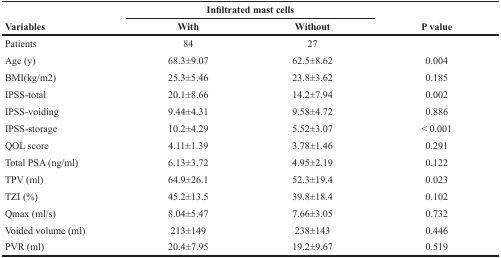
<table><thead><tr><td rowspan="2"><b>Variables</b></td><td colspan="2"><b>Infiltrated mast cells</b></td><td rowspan="2"><b>P value</b></td></tr><tr><td><b>With</b></td><td><b>Without</b></td></tr></thead><tbody><tr><td>Patients</td><td>84</td><td>27</td><td></td></tr><tr><td>Age (y)</td><td>68.3±9.07</td><td>62.5±8.62</td><td>0.004</td></tr><tr><td>BMI(kg/m2)</td><td>25.3±5.46</td><td>23.8±3.62</td><td>0.185</td></tr><tr><td>IPSS-total</td><td>20.1±8.66</td><td>14.2±7.94</td><td>0.002</td></tr><tr><td>IPSS-voiding</td><td>9.44±4.31</td><td>9.58±4.72</td><td>0.886</td></tr><tr><td>IPSS-storage</td><td>10.2±4.29</td><td>5.52±3.07</td><td>&lt; 0.001</td></tr><tr><td>QOL score</td><td>4.11±1.39</td><td>3.78±1.46</td><td>0.291</td></tr><tr><td>Total PSA (ng/ml)</td><td>6.13±3.72</td><td>4.95±2.19</td><td>0.122</td></tr><tr><td>TPV (ml)</td><td>64.9±26.1</td><td>52.3±19.4</td><td>0.023</td></tr><tr><td>TZI (%)</td><td>45.2±13.5</td><td>39.8±18.4</td><td>0.102</td></tr><tr><td>Qmax (ml/s)</td><td>8.04±5.47</td><td>7.66±3.05</td><td>0.732</td></tr><tr><td>Voided volume (ml)</td><td>213±149</td><td>238±143</td><td>0.446</td></tr><tr><td>PVR (ml)</td><td>20.4±7.95</td><td>19.2±9.67</td><td>0.519</td></tr></tbody></table>